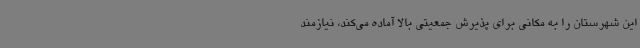
این شهرستان را به مکانی برای پذیرش جمعیتی بالا آماده می‌کند، نیازمند